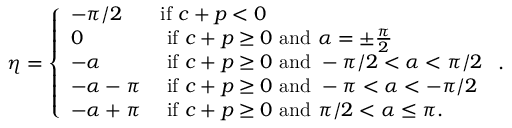
\eta = \left\{ \begin{array} { l l } { - \pi / 2 } & { \mathrm { i f ~ } c + p < 0 } \\ { 0 } & { \mathrm { ~ i f ~ } c + p \ge 0 \mathrm { ~ a n d ~ } \alpha = \pm \frac { \pi } { 2 } } \\ { - \alpha } & { \mathrm { ~ i f ~ } c + p \ge 0 \mathrm { ~ a n d ~ } - \pi / 2 < \alpha < \pi / 2 } \\ { - \alpha - \pi } & { \mathrm { ~ i f ~ } c + p \ge 0 \mathrm { ~ a n d ~ } - \pi < \alpha < - \pi / 2 } \\ { - \alpha + \pi } & { \mathrm { ~ i f ~ } c + p \ge 0 \mathrm { ~ a n d ~ } \pi / 2 < \alpha \le \pi . } \end{array} \right. .